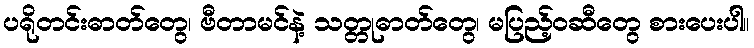
ပရိုတင်းဓာတ်တွေ၊ ဗီတာမင်နဲ့ သတ္တုဓာတ်တွေ၊ မပြည့်ဝဆီတွေ စားပေးပါ။